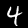
Digit: 4